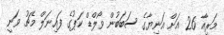
މަރިއާ 26 އަށް އަނިޔާގެ ސަބަބުން ވޯލްޑް ކަޕުގެ ފައިނަލް މެޗު ވަނީ